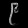
Digit: ၉